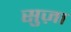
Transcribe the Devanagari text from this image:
सुज़ा